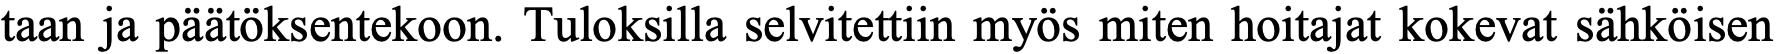
taan ja päätöksentekoon. Tuloksilla selvitettiin myös miten hoitajat kokevat sähköisen